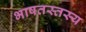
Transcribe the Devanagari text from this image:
भाषतस्तस्य